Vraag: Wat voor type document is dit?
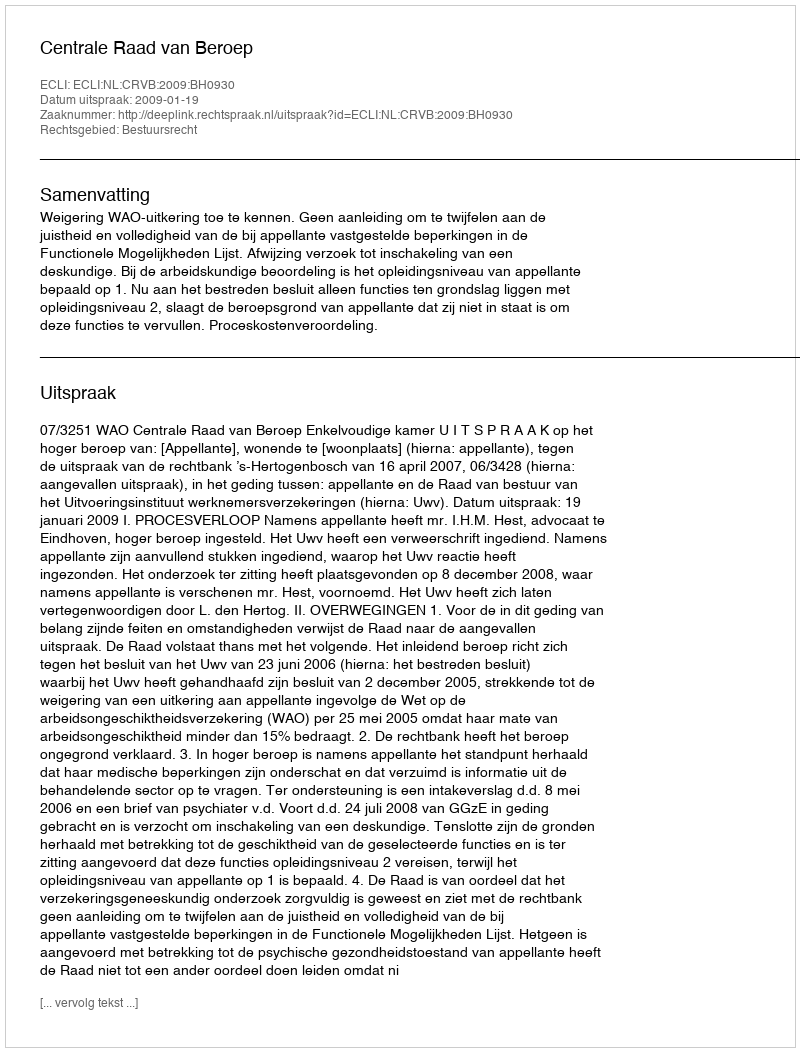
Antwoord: Uitspraak